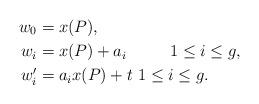
LaTeX: \begin{align*}w_0&=x(P),\\w_i&=x(P) + a_i\qquad\ \ 1\le i\le g,\\w_i'&=a_ix(P) + t\ 1\le i\le g.\end{align*}